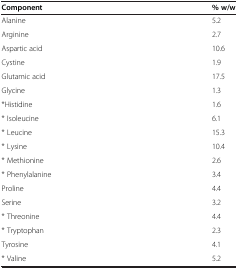
<table><thead><tr><td><b>Component</b></td><td><b>% w/w</b></td></tr></thead><tbody><tr><td>Alanine</td><td>5.2</td></tr><tr><td>Arginine</td><td>2.7</td></tr><tr><td>Aspartic acid</td><td>10.6</td></tr><tr><td>Cystine</td><td>1.9</td></tr><tr><td>Glutamic acid</td><td>17.5</td></tr><tr><td>Glycine</td><td>1.3</td></tr><tr><td>*Histidine</td><td>1.6</td></tr><tr><td>* Isoleucine</td><td>6.1</td></tr><tr><td>* Leucine</td><td>15.3</td></tr><tr><td>* Lysine</td><td>10.4</td></tr><tr><td>* Methionine</td><td>2.6</td></tr><tr><td>* Phenylalanine</td><td>3.4</td></tr><tr><td>Proline</td><td>4.4</td></tr><tr><td>Serine</td><td>3.2</td></tr><tr><td>* Threonine</td><td>4.4</td></tr><tr><td>* Tryptophan</td><td>2.3</td></tr><tr><td>Tyrosine</td><td>4.1</td></tr><tr><td>* Valine</td><td>5.2</td></tr></tbody></table>